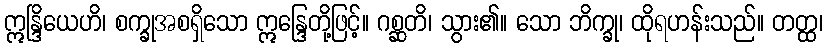
ဣန္ဒြိယေဟိ၊ စက္ခုအစရှိသော ဣန္ဒြေတို့ဖြင့်။ ဂစ္ဆတိ၊ သွား၏။ သော ဘိက္ခု၊ ထိုရဟန်းသည်။ တတ္ထ၊